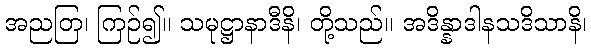
အညတြ၊ ကြဉ်၍။ သမုဋ္ဌာနာဒီနိ၊ တို့သည်။ အဒိန္နာဒါနသဒိသာနိ၊